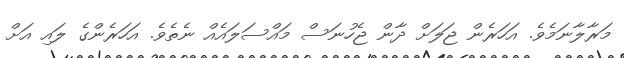
މަރާލާނަމެވެ. އަހަރެން ޖަލަށް ދާން ޖެހުނަސް މައްސަލައެއް ނެތެވެ. އަހަރެންގެ ލައި އަށް